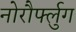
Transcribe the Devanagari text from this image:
नोरौर्फ्लुग